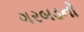
ગરબડનો